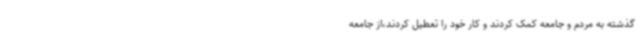
گذشته به مردم و جامعه کمک کردند و کار خود را تعطیل کردند،از جامعه